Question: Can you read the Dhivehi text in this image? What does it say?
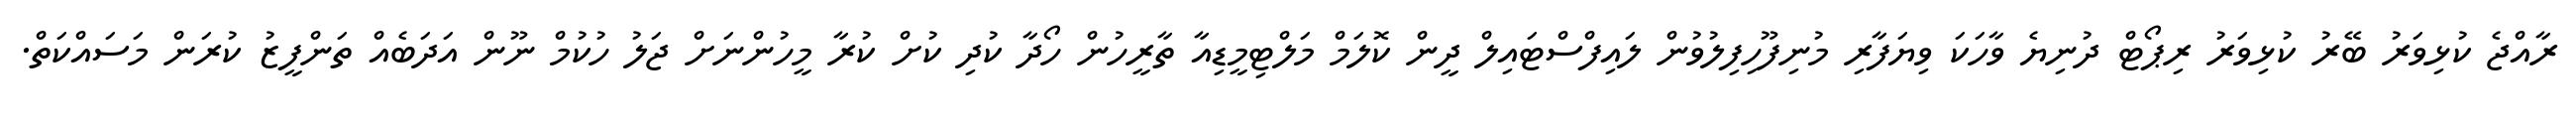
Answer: ރާއްޖެ ކުޅިވަރު ބޭރު ކުޅިވަރު ރިޕޯޓް ދުނިޔެ ވާހަކަ ވިޔަފާރި މުނިފޫހިފިލުވުން ލައިފްސްޓައިލް ދީން ކޮލަމް މަލްޓިމީޑިއާ ތާރީހުން ހޯދާ ކުދި ކުށް ކުރާ މީހުންނަށް ޖަލު ހުކުމް ނޫން އަދަބެއް ތަންފީޒު ކުރަން މަސައްކަތް.